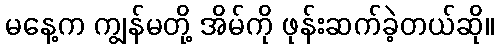
မနေ့က ကျွန်မတို့ အိမ်ကို ဖုန်းဆက်ခဲ့တယ်ဆို။